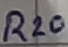
Text: R20